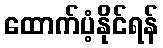
ထောက်ပံ့နိုင်ရန်